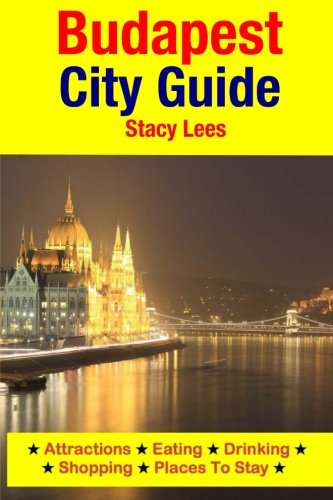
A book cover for Budapest City Guide: Attractions, Eating, Drinking, Shopping & Places To Stay; Stacy Lees; Travel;